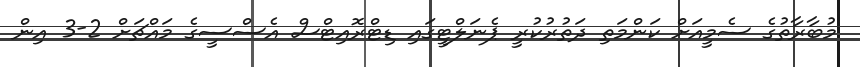
މުބާރާތުގެ ސެމީއަށް ކަންމަތި ދަތުރުކުރީ ޕެނަލްޓީގައި ޑިޓްރޮއިޓްސް އެސްސީގެ މައްޗަށް 2-3 އިން